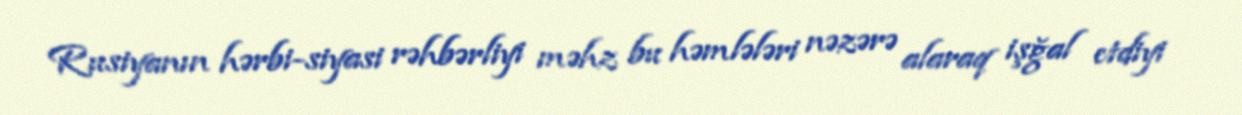
Rusiyanın hərbi-siyasi rəhbərliyi məhz bu həmlələri nəzərə alaraq işğal etdiyi